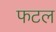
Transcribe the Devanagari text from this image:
फटल